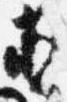
直